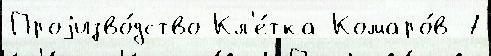
Проjизво́дство Кл'е́тка Комаро́в 7